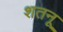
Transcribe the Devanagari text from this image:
शतनू